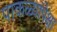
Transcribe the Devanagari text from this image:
पाकळ्यांपेक्षा